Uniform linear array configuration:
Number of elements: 16
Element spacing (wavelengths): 0.75
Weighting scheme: kaiser
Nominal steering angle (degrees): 30
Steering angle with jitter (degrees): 30.073
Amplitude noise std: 0.05
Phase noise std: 0.05

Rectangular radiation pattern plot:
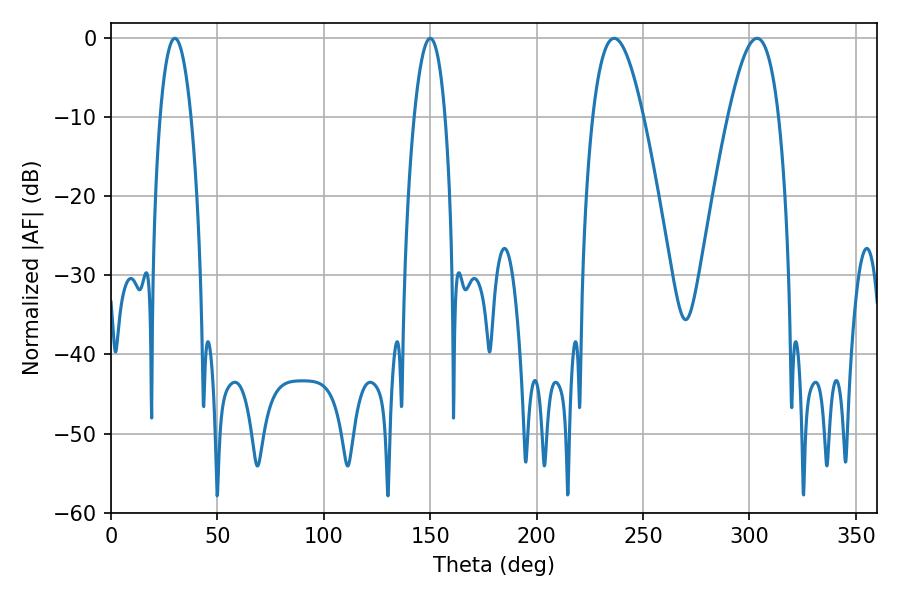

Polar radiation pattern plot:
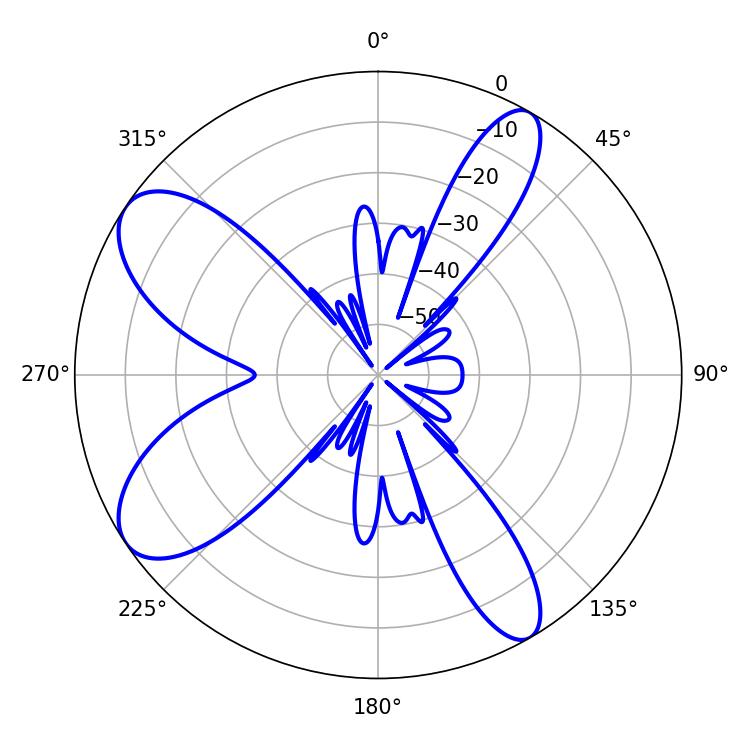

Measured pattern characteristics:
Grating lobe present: TRUE
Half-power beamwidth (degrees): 8.1
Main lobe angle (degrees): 30.06